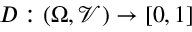
D : ( \Omega , \mathcal { V } ) \to [ 0 , 1 ]